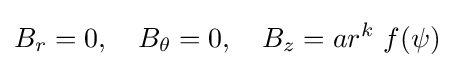
B_{r}=0,\quad B_{\theta }=0,\quad B_{z}=ar^{k}~f(\psi )